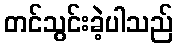
တင်သွင်းခဲ့ပါသည်